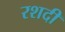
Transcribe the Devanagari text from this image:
रशदी